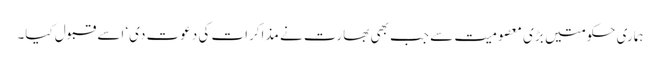
ہماری حکومتیں بڑی معصومیت سے جب بھی بھارت نے مذاکرات کی دعوت دی‘ اسے قبول کیا۔